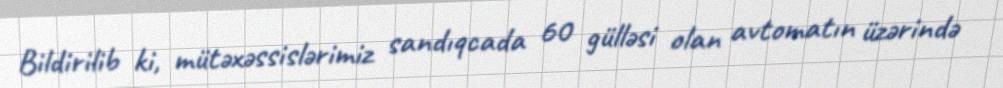
Bildirilib ki, mütəxəssislərimiz sandıqcada 60 gülləsi olan avtomatın üzərində